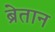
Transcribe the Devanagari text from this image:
ब्रेतान